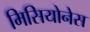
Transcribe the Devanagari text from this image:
मिसियोनेस